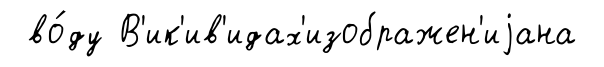
во́ду В'ик'ив'идах'изображен'иjана